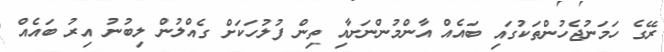
ރޭގެ ހަމަނުޖެހުންތަކުގައި ބައެއް އާންމުންނަށާއި ތިން ފުލުހަކަށް ގެއްލުން ލިބުނު އިރު ބައެއް